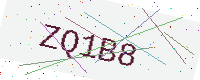
Text: ZQ1B8